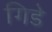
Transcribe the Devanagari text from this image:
गिडे